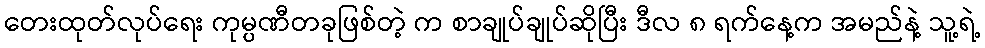
တေးထုတ်လုပ်ရေး ကုမ္ပဏီတခုဖြစ်တဲ့ က စာချုပ်ချုပ်ဆိုပြီး ဒီလ ၈ ရက်နေ့က အမည်နဲ့ သူ့ရဲ့